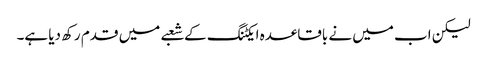
لیکن اب میں نے باقاعدہ ایکٹنگ کے شعبے میں قدم رکھ دیا ہے۔